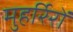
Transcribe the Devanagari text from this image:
मुहर्रिरों